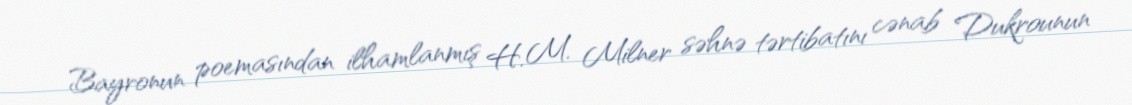
Bayronun poemasından ilhamlanmış H. M. Milner səhnə tərtibatını cənab Dukrounun